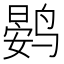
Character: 𮭨